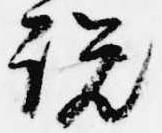
説